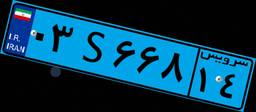
۷۶S۲۸۰۴۲